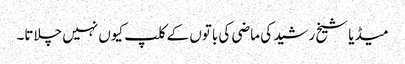
میڈیا شیخ رشید کی ماضی کی باتوں کے کلپ کیوں نہیں چلاتا۔